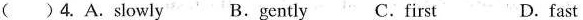
( )4. A.slowly B.gently C.first D.fast